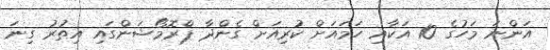
އަންނަ މަހުގެ 10 އަކާއި ހަމައަށް ކުރިއަށް ގެންދާ ޕްރޮމޯޝަންގައި އިތުރު ގިނަ